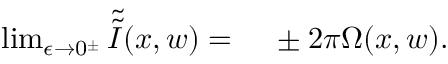
\begin{array} { r l } { \operatorname* { l i m } _ { \epsilon \to 0 ^ { \pm } } \Tilde { \Tilde { I } } ( x , w ) = { } } & { { } \pm 2 \pi \Omega ( x , w ) . } \end{array}